Tezpur Lunatic Asylum reports 1877-1894 - 1877-1894
Year: 1877
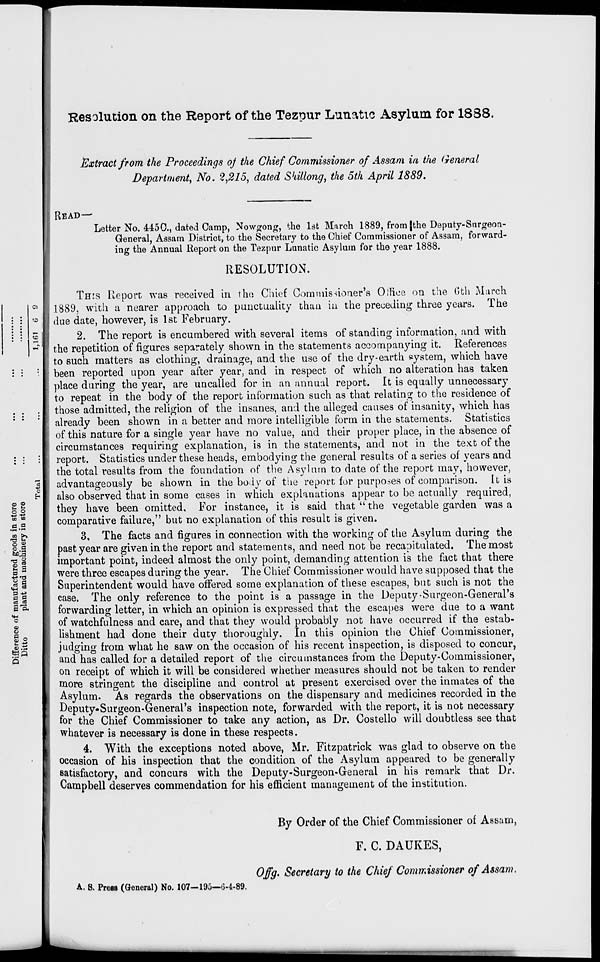
Resolution on the Report of the Tezpur Lunatic Asylum for 1888.
Extract from the Proceedings oj the Chief Commissioner of Assam in the General
Department, No. 2,215, dated Shillong, the 5th April 1889.
READ—'
Letter No. 445C, dated Camp, Nowcrong, the 1st March 1889, from {the Deputy-Surgeon-
General, Assam District, to the Secretary to the Chief Commissioner of Assam, forward-
ing the Annual Report on the Tezpur Lunatic Asylum for the year 1888.
RESOLUTION.
THIS Report was received in the Chief Commissioner's O.'ftee on the 6th March
1889, with a nearer approach to punctuality than in the preceding three years. The
due date, however, is 1st February.
2. The report is encumbered with several items of standing information, and with
the repetition of figures separately shown in the statements accompanying it. References
to such matters as clothing, drainage, and the use of the dry-earth system, which have
been reported upon year after year, and in respect of which no alteration has taken
place during the year, are uncalled for in an annual report. It is equally unnecessary
to repeat in the body of the report information such as that relating to the residence of
those admitted, the religion of the insanes, and the alleged causes of insanity, which has
already been shown in a better and more intelligible form in the statements. Statistics
of this nature for a single year have no value, and their proper place, in the absence of
circumstances requiring explanation, is in the statements, and not in the text of the
report. Statistics under these heads, embodying the general results of a series of years and
the total results from the foundation of the Asylum to date of the report may, however,
advantageously be shown in the body of the report for purposes of comparison. It is
also observed that in some cases in which explanations appear to be actually required,
they have been omitted. For instance, it is said that " the vegetable garden was a
comparative failure," but no explanation of this result is given.
3. The facts and figures in connection with the working of the Asylum during the
past year are given in the report and statements, and need not be recapitulated. The most
important point, indeed almost the only point, demanding attention is the fact that there
were three escapes during the year. The Chief Commissioner would have supposed that the
Superintendent would have offered some explanation of these escapes, but such is not the
case. The only reference to the point is a passage in the Deputy-Surgeon-General's
forwarding letter, in which an opinion is expressed that the escapes were due to a want
of watchfulness and care, and that they would probably not have occurred if the estab-
lishment had done their duty thoroughly. In this opinion the Chief Commissioner,
judging from what he saw on the occasion of his recent inspection, is disposed to concur,
and has called for a detailed report of the circumstances from the Deputy-Commissioner,
on receipt of which it will be considered whether measures should not be taken to render
more stringent the discipline and control at present exercised over the inmates of the
Asylum. As regards the observations on the dispensary and medicines recorded in the
Deputy-Surgeon-General's inspection note, forwarded with the report, it is not necessary
for the Chief Commissioner to take any action, as Dr. Costello will doubtless see that
whatever is necessary is done in these respects.
4. With the exceptions noted above, Mr. Fitzpatrick was glad to observe on the
occasion of his inspection that the condition of the Asylum appeared to be generally
satisfactory, and concurs with the Deputy-Surgeon-General in his remark that Dr.
Campbell deserves commendation for his efficient management of the institution.
A. B. Preas (General) No. 107—195—G-4-89.
By Order of the Chief Commissioner of Assam,
F. C. DAUKES,
Offg. Secretary to the Chief Commissioner of Assam.